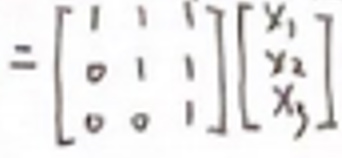
$= \begin{bmatrix} 1 & 1 & 1 \\ 0 & 1 & 1 \\ 0 & 0 & 1 \end{bmatrix} \begin{bmatrix} x_1 \\ x_2 \\ x_3 \end{bmatrix}$